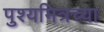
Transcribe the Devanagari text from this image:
पुश्यमित्रच्या